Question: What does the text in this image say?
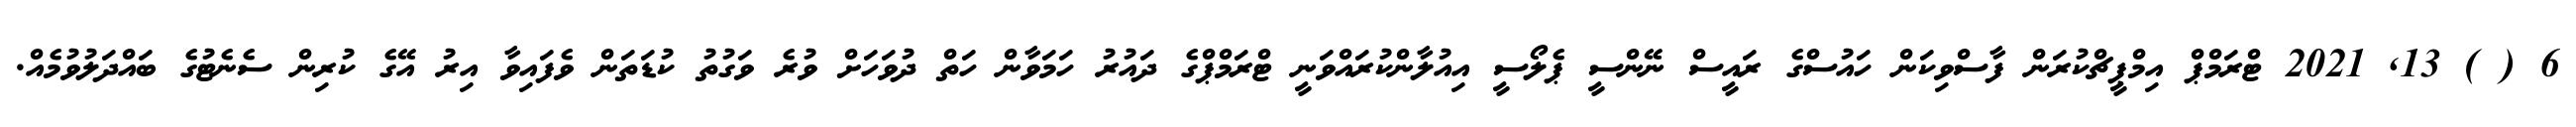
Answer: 6 ( ) 13, 2021 ޓްރަމްޕް އިމްޕީޗްކުރަން ފާސްވިކަން ހައުސްގެ ރައީސް ނޭންސީ ޕެލޯސީ އިއުލާންކުރައްވަނީ ޓްރަމްޕްގެ ދައުރު ހަމަވާން ހަތް ދުވަހަށް ވުރެ ވަގުތު ކުޑަތަން ވެފައިވާ އިރު އޭގެ ކުރިން ސެނެޓުގެ ބައްދަލުވުމެއް.